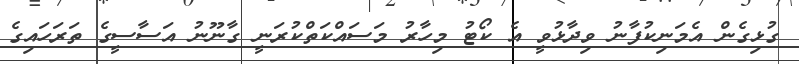
ގުޅިގެން އެމަނިކުފާނު ވިދާޅުވީ އެ ކޯޓު މިހާރު މަސައްކަތްކުރަނީ ގާނޫނު އަސާސީގެ ތަރަހައިގެ